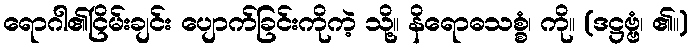
ရောဂါ၏ငြိမ်းချင်း ပျောက်ခြင်းကိုကဲ့ သို့။ နိရောဓသစ္စံ၊ ကို။ (ဒဋ္ဌဗ္ဗံ၊ ၏။)